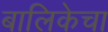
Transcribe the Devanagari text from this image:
बालिकेचा